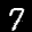
Label: 7